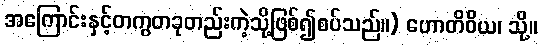
အကြောင်းနှင့်တကွတခုတည်းကဲ့သို့ဖြစ်၍စပ်သည်။) ဟောတိဝိယ၊ သို့။